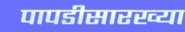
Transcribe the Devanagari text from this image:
पापडीसारख्या